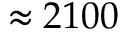
\approx 2 1 0 0